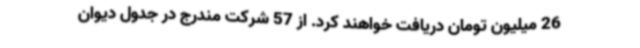
26 میلیون تومان دریافت خواهند کرد. از 57 شرکت مندرج در جدول دیوان